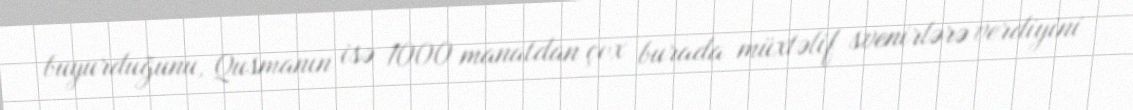
buyurduğunu, Qusmanın isə 1000 manatdan çox burada müxtəlif svenirlərə verdiyini